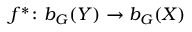
f ^ { * } \colon b _ { G } ( Y ) \to b _ { G } ( X )